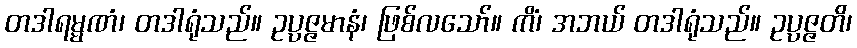
တဒါရမ္မဏံ၊ တဒါရုံသည်။ ဥပ္ပဇ္ဇမာနံ၊ ဖြစ်လသော်။ ကိံ၊ အဘယ် တဒါရုံသည်။ ဥပ္ပဇ္ဇတိ၊